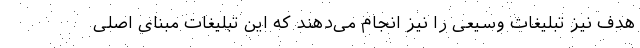
هدف نیز تبلیغات وسیعی را نیز انجام می‌دهند که این تبلیغات مبنای اصلی